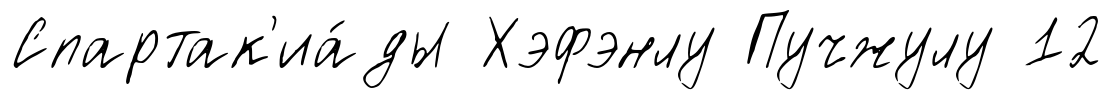
Спартак'иа́ды Хэфэнлу Пучжулу 12